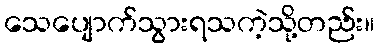
သေပျောက်သွားရသကဲ့သို့တည်း။